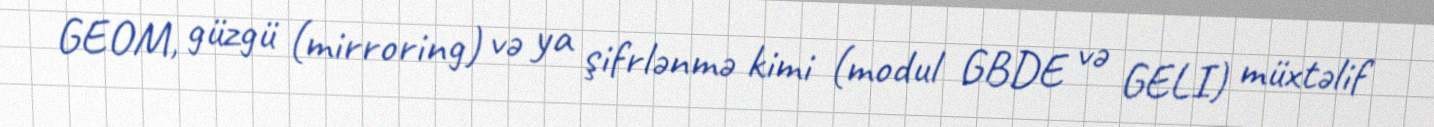
GEOM, güzgü (mirroring) və ya şifrlənmə kimi (modul GBDE və GELI) müxtəlif